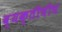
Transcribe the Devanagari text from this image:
व्यक्तीचीच